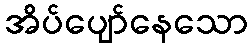
အိပ်ပျော်နေသော